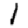
Digit: 1